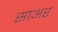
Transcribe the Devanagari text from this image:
साअर